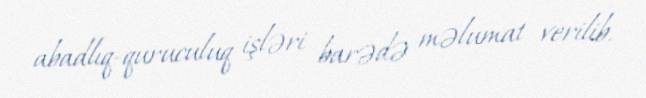
abadlıq-quruculuq işləri barədə məlumat verilib.